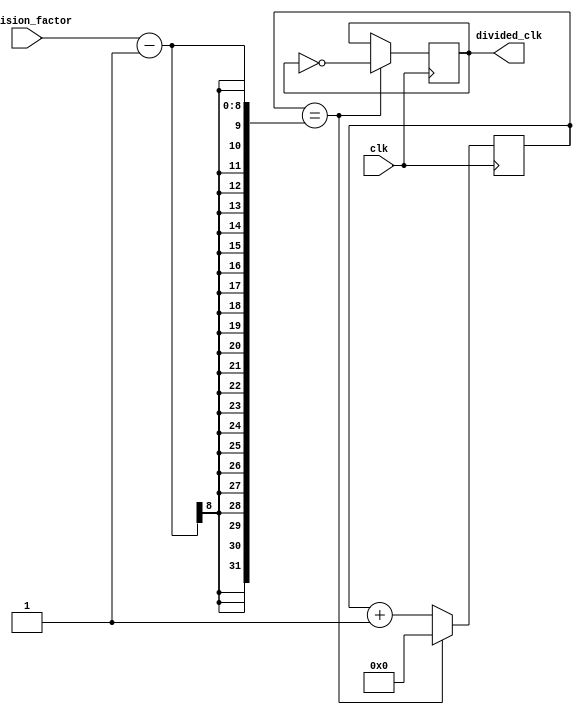
module DualModulusClockDivider (
    input wire clk,
    input wire [7:0] division_factor,
    output wire divided_clk
);

reg [3:0] count;
reg toggle;

always @ (posedge clk) begin
    if (count == division_factor - 1) begin
        toggle <= ~toggle;
        count <= 0;
    end else begin
        count <= count + 1;
    end
end

assign divided_clk = toggle;

endmodule